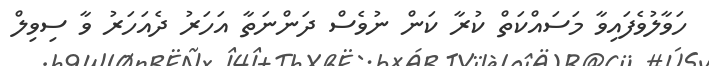
ހަވާލުވެފައިވާ މަސައްކަތް ކުރާ ކަން ނުވެސް ދަންނަތާ އަހަރު ދެއަހަރު ވާ ސިވިލް